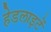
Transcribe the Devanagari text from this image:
हेडलाइटें